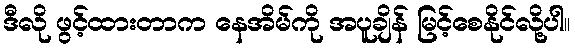
ဒီလို ဖွင့်ထားတာက နေအိမ်ကို အပူချိန် မြင့်စေနိုင်လို့ပါ။